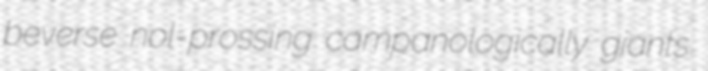
beverse nol-prossing campanologically giants